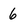
Character: 6